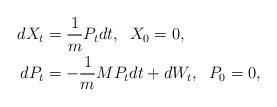
LaTeX: \begin{align*}dX_t &= \frac{1}{m} P_t dt, \; \; X_0 = 0, \\dP_t &= -\frac{1}{m} M P_t dt + dW_t, \; \; P_0 = 0,\end{align*}